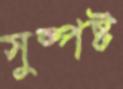
সুষ্পষ্ট